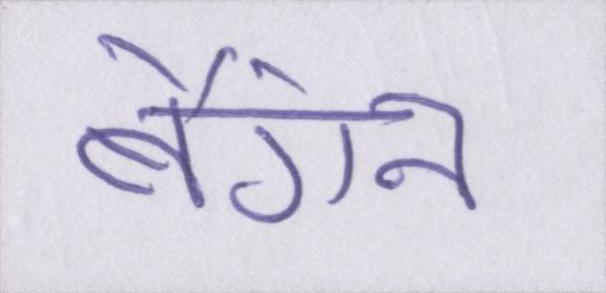
बैंगन